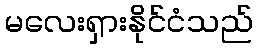
မလေးရှားနိုင်ငံသည်